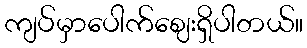
ကျပ်မှာပေါက်ဈေးရှိပါတယ်။